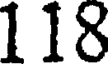
118